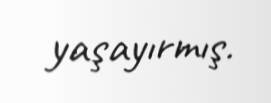
yaşayırmış.